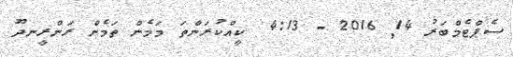
ސެޕްޓެމްބަރު 14